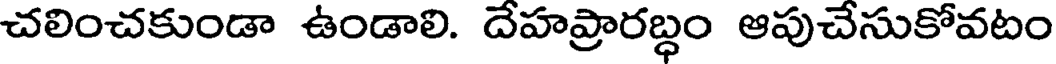
చలించకుండా ఉండాలి. దేహప్రారబ్ధం ఆపుచేసుకోవటం